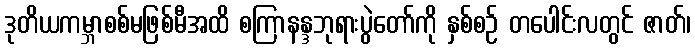
ဒုတိယကမ္ဘာစစ်မဖြစ်မီအထိ စကြာနန္ဒဘုရားပွဲတော်ကို နှစ်စဉ် တပေါင်းလတွင် ဇာတ်၊